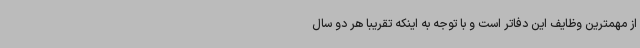
از مهمترین وظایف این دفاتر است و با توجه به اینکه تقریبا هر دو سال